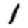
Digit: 1